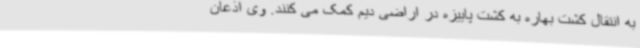
به انتقال کشت بهاره به کشت پاییزه در اراضی دیم کمک می کنند. وی اذعان